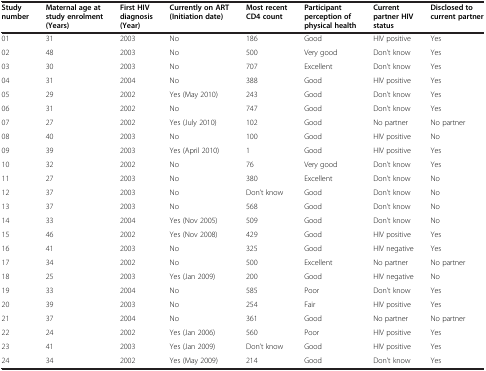
<table><thead><tr><td><b>Study number</b></td><td><b>Maternal age at study enrolment (Years)</b></td><td><b>First HIV diagnosis (Year)</b></td><td><b>Currently on ART (Initiation date)</b></td><td><b>Most recent CD4 count</b></td><td><b>Participant perception of physical health</b></td><td><b>Current partner HIV status</b></td><td><b>Disclosed to current partner</b></td></tr></thead><tbody><tr><td>01</td><td>31</td><td>2003</td><td>No</td><td>186</td><td>Good</td><td>HIV positive</td><td>Yes</td></tr><tr><td>02</td><td>48</td><td>2003</td><td>No</td><td>500</td><td>Very good</td><td>Don’t know</td><td>Yes</td></tr><tr><td>03</td><td>30</td><td>2003</td><td>No</td><td>707</td><td>Excellent</td><td>Don’t know</td><td>Yes</td></tr><tr><td>04</td><td>31</td><td>2004</td><td>No</td><td>388</td><td>Good</td><td>HIV positive</td><td>Yes</td></tr><tr><td>05</td><td>29</td><td>2002</td><td>Yes (May 2010)</td><td>243</td><td>Good</td><td>Don’t know</td><td>Yes</td></tr><tr><td>06</td><td>31</td><td>2002</td><td>No</td><td>747</td><td>Good</td><td>Don’t know</td><td>Yes</td></tr><tr><td>07</td><td>27</td><td>2002</td><td>Yes (July 2010)</td><td>102</td><td>Good</td><td>No partner</td><td>No partner</td></tr><tr><td>08</td><td>40</td><td>2003</td><td>No</td><td>100</td><td>Good</td><td>HIV positive</td><td>No</td></tr><tr><td>09</td><td>39</td><td>2003</td><td>Yes (April 2010)</td><td>1</td><td>Good</td><td>HIV positive</td><td>Yes</td></tr><tr><td>10</td><td>32</td><td>2002</td><td>No</td><td>76</td><td>Very good</td><td>Don’t know</td><td>Yes</td></tr><tr><td>11</td><td>27</td><td>2003</td><td>No</td><td>380</td><td>Excellent</td><td>Don’t know</td><td>No</td></tr><tr><td>12</td><td>37</td><td>2003</td><td>No</td><td>Don’t know</td><td>Good</td><td>Don’t know</td><td>No</td></tr><tr><td>13</td><td>37</td><td>2003</td><td>No</td><td>568</td><td>Good</td><td>Don’t know</td><td>No</td></tr><tr><td>14</td><td>33</td><td>2004</td><td>Yes (Nov 2005)</td><td>509</td><td>Good</td><td>Don’t know</td><td>No</td></tr><tr><td>15</td><td>46</td><td>2002</td><td>Yes (Nov 2008)</td><td>429</td><td>Good</td><td>HIV positive</td><td>Yes</td></tr><tr><td>16</td><td>41</td><td>2003</td><td>No</td><td>325</td><td>Good</td><td>HIV negative</td><td>Yes</td></tr><tr><td>17</td><td>34</td><td>2002</td><td>No</td><td>500</td><td>Excellent</td><td>No partner</td><td>No partner</td></tr><tr><td>18</td><td>25</td><td>2003</td><td>Yes (Jan 2009)</td><td>200</td><td>Good</td><td>HIV negative</td><td>No</td></tr><tr><td>19</td><td>33</td><td>2004</td><td>No</td><td>585</td><td>Poor</td><td>Don’t know</td><td>Yes</td></tr><tr><td>20</td><td>39</td><td>2003</td><td>No</td><td>254</td><td>Fair</td><td>HIV positive</td><td>Yes</td></tr><tr><td>21</td><td>37</td><td>2004</td><td>No</td><td>361</td><td>Good</td><td>No partner</td><td>No partner</td></tr><tr><td>22</td><td>24</td><td>2002</td><td>Yes (Jan 2006)</td><td>560</td><td>Poor</td><td>HIV positive</td><td>Yes</td></tr><tr><td>23</td><td>41</td><td>2003</td><td>Yes (Jan 2009)</td><td>Don’t know</td><td>Good</td><td>HIV positive</td><td>Yes</td></tr><tr><td>24</td><td>34</td><td>2002</td><td>Yes (May 2009)</td><td>214</td><td>Good</td><td>Don’t know</td><td>Yes</td></tr></tbody></table>